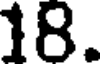
18.